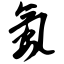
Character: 氨